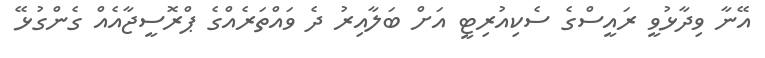
އޭނާ ވިދާޅުވީ ރައީސްގެ ސެކިއުރިޓީ އަށް ބަލާއިރު ދެ ވައްތަރެއްގެ ޕްރޮސީޖާއެއް ގެންގުޅޭ